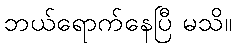
ဘယ်ရောက်နေပြီ မသိ။